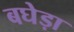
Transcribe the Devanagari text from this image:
बघेड़ा